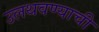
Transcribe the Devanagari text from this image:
उलथवण्याची